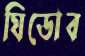
ঘিডোব